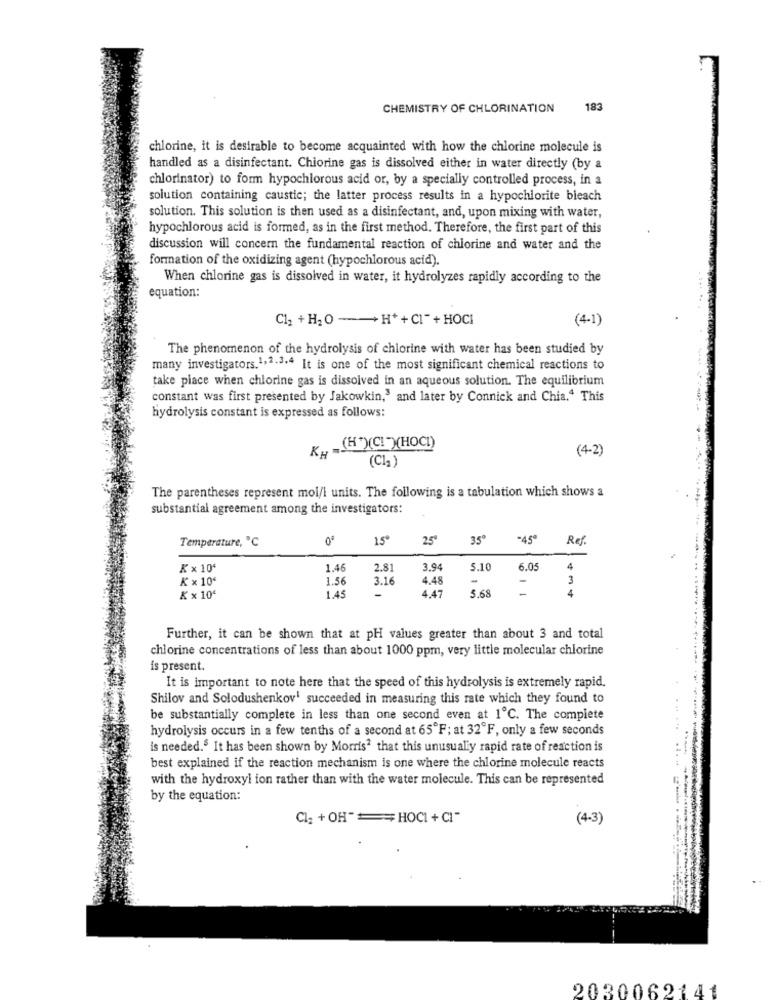
CHEMISTRY OF CHLORINATION
183
chlorine, it is desirable to become acquainted with how the chlorine molecule is
handled as a disinfectant. Chlorine gas is dissolved either in water directly (by a
chlorinator) to form hypochlorous acid or, by a specially controlled process, in a
solution containing caustic; the latter process results in a hypochlorite bleach
solution. This solution is then used as a disinfectant, and, upon mixing with water,
hypochlorous acid is formed, as in the first method. Therefore, the first part of this
discussion will concern the fundamental reaction of chlorine and water and the
formation of the oxidizing agent (hypochlorous acid).
When chlorine gas is dissolved in water, it hydrolyzes rapidly according to the
equation:
C12 + H2 O -+H*+CI-+HOCI
(4-1)
The phenomenon of the hydrolysis of chlorine with water has been studied by
many investigators.1,2-3+4 It is one of the most significant chemical reactions to
take place when chlorine gas is dissolved in an aqueous solution. The equilibrium
constant was first presented by Jakowkin,3 and later by Connick and Chia.4 This
hydrolysis constant is expressed as follows:
KH
(H+)(C! ")(HOCI)
(4-2)
(Cl2 )
The parentheses represent mol/l units. The following is a tabulation which shows a
substantial agreement among the investigators:
Temperature, ℃
15*
25º
35º
-45º
Ref.
K×10'
1.46
2.81
3.94
5.10
6.05
4
K x 10'
1.56
3.16
4.48
-
-
3
4.47
5.68
-
K x 10'
1.45
4
Further, it can be shown that at pH values greater than about 3 and total
chlorine concentrations of less than about 1000 ppm, very little molecular chlorine
is present.
It is important to note here that the speed of this hydrolysis is extremely rapid.
Shilov and Solodushenkov' succeeded in measuring this rate which they found to
be substantially complete in less than one second even at 1℃. The complete
hydrolysis occurs in a few tenths of a second at 65ºF; at 32 F, only a few seconds
is needed. It has been shown by Morris? that this unusually rapid rate of reaction is
best explained if the reaction mechanism is one where the chlorine molecule reacts
with the hydroxyl ion rather than with the water molecule. This can be represented
by the equation:
Cl2 + OH" == HOCI +CI"
(4-3)
2030062141